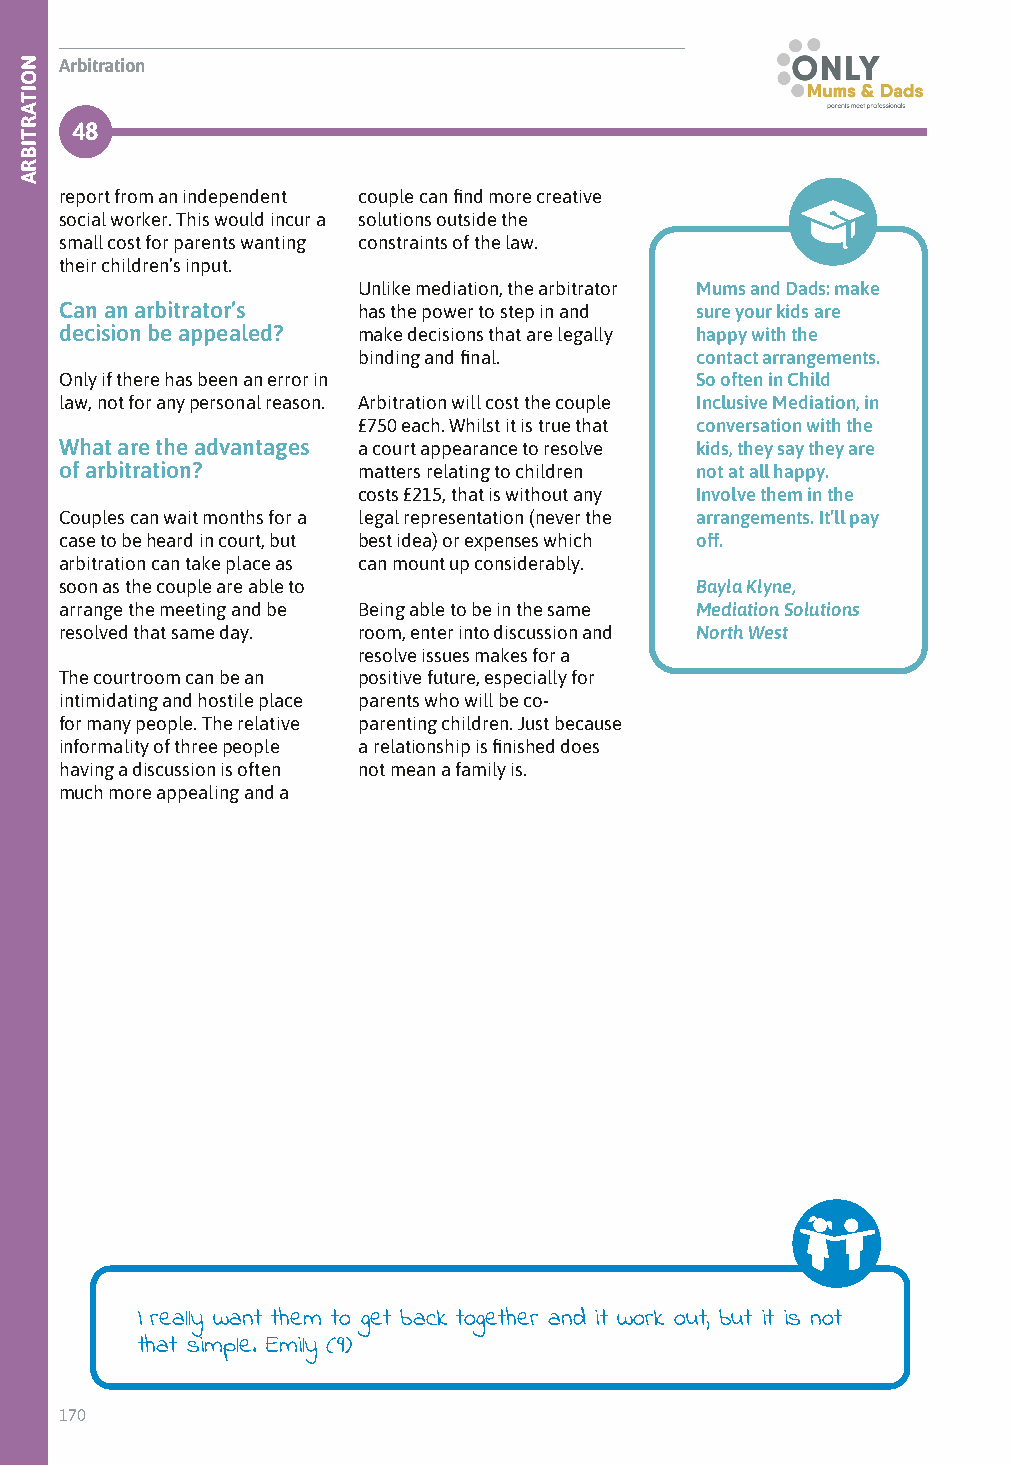
Arbitration
 48
 report from an independent couple can find more creative
 social worker. This would incur a solutions outside the
 small cost for parents wanting constraints of the law.
 their children’s input.
 Unlike mediation, the arbitrator Mums and Dads: make
 Can an arbitrator’s has the power to step in and sure your kids are
 decision be appealed? make decisions that are legally happy with the
 binding and final.    contact arrangements.
 Only if there has been an error in        So often in Child
 law, not for any personal reason. Arbitration will cost the couple Inclusive Mediation, in
 £750 each. Whilst it is true that conversation with the
 What are the advantages a court appearance to resolve kids, they say they are
 of arbitration?     matters relating to children not at all happy.
 costs £215, that is without any Involve them in the
 Couples can wait months for a legal representation (never the arrangements. It’ll pay
 case to be heard in court, but best idea) or expenses which off.
 arbitration can take place as can mount up considerably.
 soon as the couple are able to            Bayla Klyne,
 arrange the meeting and be Being able to be in the same Mediation Solutions
 resolved that same day. room, enter into discussion and North West
 resolve issues makes for a
 The courtroom can be an positive future, especially for
 intimidating and hostile place parents who will be co-
 for many people. The relative parenting children. Just because
 informality of three people a relationship is finished does
 having a discussion is often not mean a family is.
 much more appealing and a
 I really want them to get back together and it work out, but it is not
 that simple. Emily (9)
 170
 NOITARTIBRA